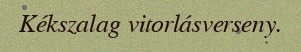
Kékszalag vitorlásverseny.